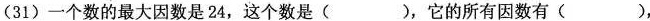
(31) 一个数的最大因数是24，这个数是( )，它的所有因数有( )